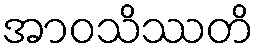
အာဝသိဿတိ